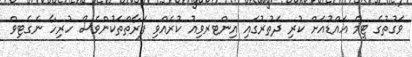
ވަގުތުގެ ޓީމް އައްޑުއަށް ކުރި ދަތުރުގައި އިންޓރވިއު ކުރެއްވި ފަރާތްތަކުންވެސް ހުރިހާ ނެގެޓިވް